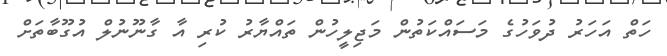
ހަތް އަހަރު ދުވަހުގެ މަސައްކަތުން މަޖިލީހުން ތައްޔާރު ކުރި އާ ގާނޫނުލް އުގޫބާތަށް